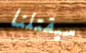
سيقتلنا